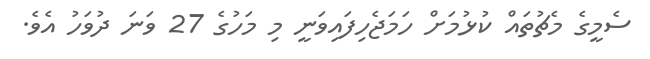
ސެމީގެ މެޗުތައް ކުޅުމަށް ހަމަޖެހިފައިވަނީ މި މަހުގެ 27 ވަނަ ދުވަހު އެވެ.